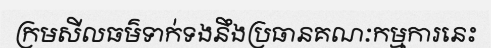
ក្រមសីលធម៌ទាក់ទងនឹងប្រធានគណៈកម្មការនេះ